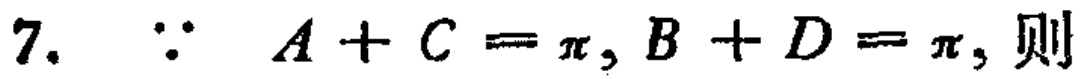
7.  $\because A + C = \pi, B + D = \pi$, 则